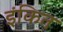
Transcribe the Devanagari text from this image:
इंकित